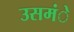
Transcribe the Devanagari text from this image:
उसमंे